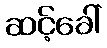
ဆင့်ခေါ်